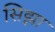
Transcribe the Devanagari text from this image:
सिझा